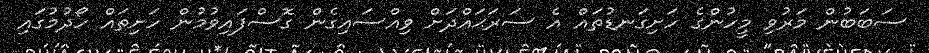
ސަބަބުން މަރުވި މީހުންގެ ހަށިގަނޑުތައް އެ ސަރަޙައްދަށް ވިއްސައިގެން ގޮސްފައިވުމުން ހަށިތައް ހޯދުމުގައި